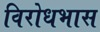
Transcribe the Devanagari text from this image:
विरोधभास